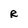
Character: R